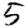
Digit: 5